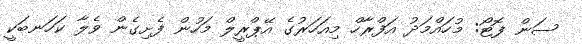
ސަން ފޮޓޯ: މުހައްމަދު އަފްރާހް މިއަހަރުގެ އޭޕްރީލް މަހުން ފެށިގެން ވެލާ ކަހަނބަކީ